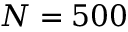
N = 5 0 0